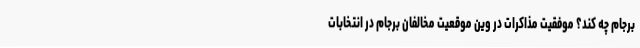
برجام چه کند؟ موفقیت مذاکرات در وین موقعیت مخالفان برجام در انتخابات